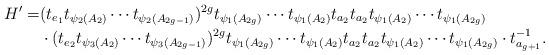
LaTeX: \begin{align*}H^\prime=&(t_{e_1}t_{\psi_2(A_2)}\cdots t_{\psi_2(A_{2g-1})})^{2g}t_{\psi_1(A_{2g})}\cdots t_{\psi_1(A_2)}t_{a_2}t_{a_2}t_{\psi_1(A_2)}\cdots t_{\psi_1(A_{2g})} \\&\cdot (t_{e_2}t_{\psi_3(A_2)}\cdots t_{\psi_3(A_{2g-1})})^{2g}t_{\psi_1(A_{2g})}\cdots t_{\psi_1(A_2)}t_{a_2}t_{a_2}t_{\psi_1(A_2)}\cdots t_{\psi_1(A_{2g})} \cdot t_{a_{g+1}}^{-1}.\end{align*}